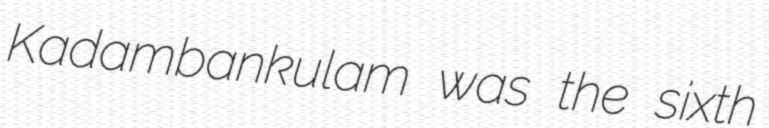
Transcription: Kadambankulam was the sixth